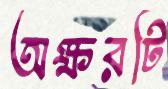
অক্ষরটি